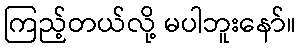
ကြည့်တယ်လို့ မပါဘူးနော်။